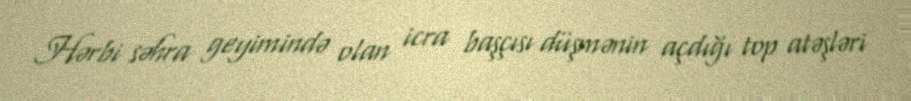
Hərbi səhra geyimində olan icra başçısı düşmənin açdığı top atəşləri